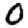
Digit: 0